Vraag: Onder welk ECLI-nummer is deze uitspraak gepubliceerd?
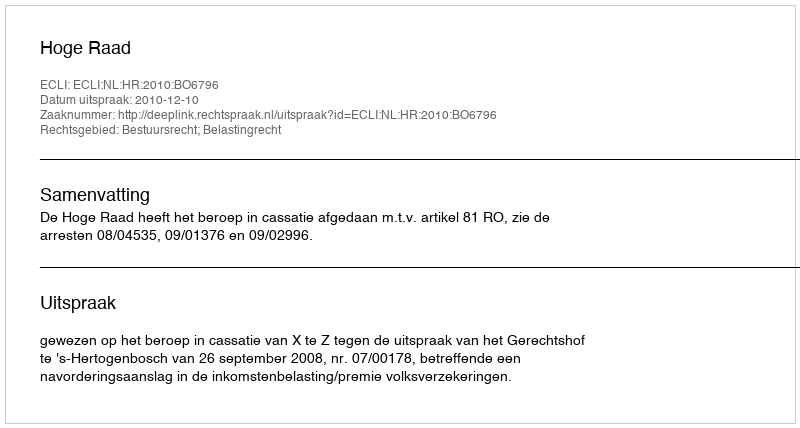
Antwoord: ECLI:NL:HR:2010:BO6796